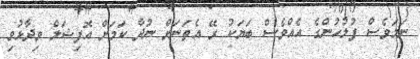
ނަމަވެސް ފުލުހުންގެ އެއްވެސް ބަޔަކު ރޭ އެތަނަށް ނުދާ ކަމަށް އޮފިޝަލް ވިދާޅުވި